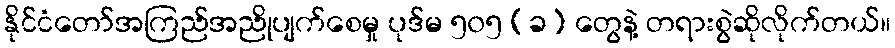
နိုင်ငံတော်အကြည်အညိုပျက်စေမှု ပုဒ်မ ၅၀၅ (ခ) တွေနဲ့ တရားစွဲဆိုလိုက်တယ်။